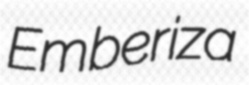
Emberiza